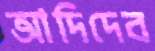
আদিদেব